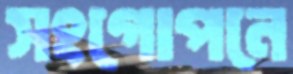
সংগোপনে